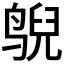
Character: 𱊄